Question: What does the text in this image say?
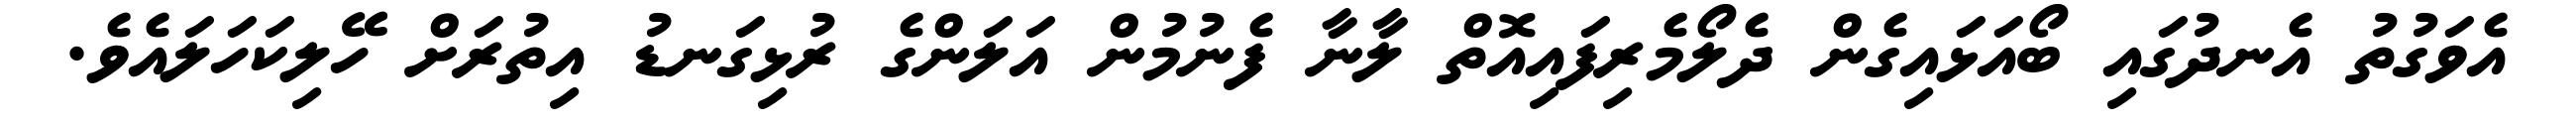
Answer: އެވަގުތު އެނދުގައި ބޯއަޅައިގެން ދެލޯމެރިފައިއޮތް ލާނާ ފެނުމުން އަލަންގެ ރުޅިގަނޑު އިތުރަށް ހޭލިކަހަލައެވެ.